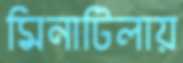
মিনাটিলায়